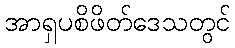
အာရှပစိဖိတ်ဒေသတွင်